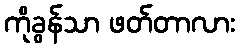
ကိုခွန်သာ ဖတ်တာလား